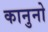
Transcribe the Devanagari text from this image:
कानुनो